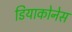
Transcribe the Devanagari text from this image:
डियाकोनेस